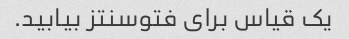
یک قیاس برای فتوسنتز بیابید.